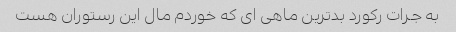
به جرات رکورد بدترین ماهی ای که خوردم مال این رستوران هست